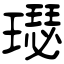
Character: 璱